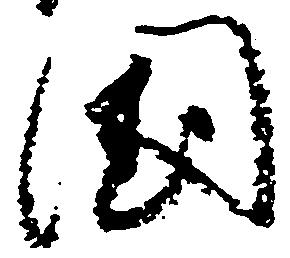
国